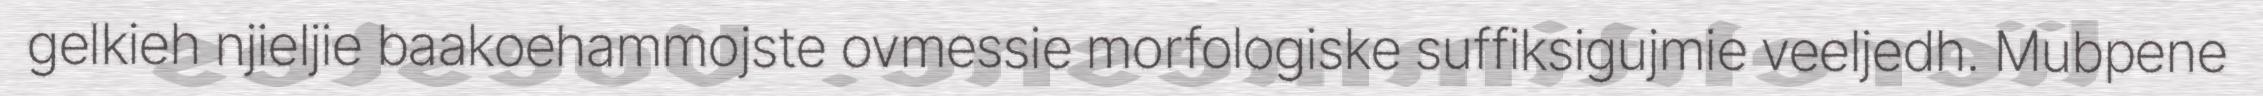
gelkieh njieljie baakoehammojste ovmessie morfologiske suffiksigujmie veeljedh. Mubpene